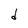
Character: d